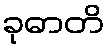
ခုဓာတိ